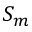
S _ { m }